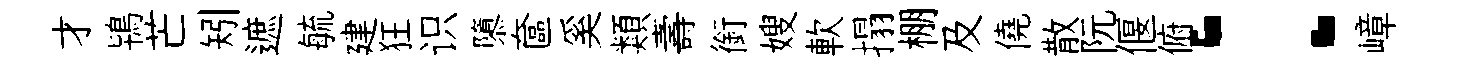
才鴇芒矧遮毓建狂识隳奩奚類壽銜嫂軟搨棚及僥散阮偃俯：嶂